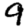
Digit: 9